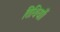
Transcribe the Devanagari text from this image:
तिथियाँ।